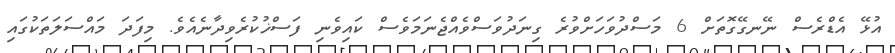
އުޅޭ އެޑްރެސް ނޭނގޭގޮތަށް 6 މަސްދުވަހަށްވުރެ ގިނަދުވަސްވެއްޖެނަމަވެސް ކައިވެނި ފަސްޚުކުރެވިދާނެއެވެ. މިފަދަ މައްސަލަތަކުގައި